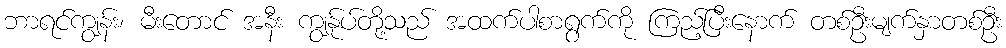
ဘာရင်ကျွန်း၊ မီးတောင် အနီး ကျွန်ုပ်တို့သည် အထက်ပါစာရွက်ကို ကြည့်ပြီးနောက် တစ်ဦးမျက်နှာတစ်ဦး